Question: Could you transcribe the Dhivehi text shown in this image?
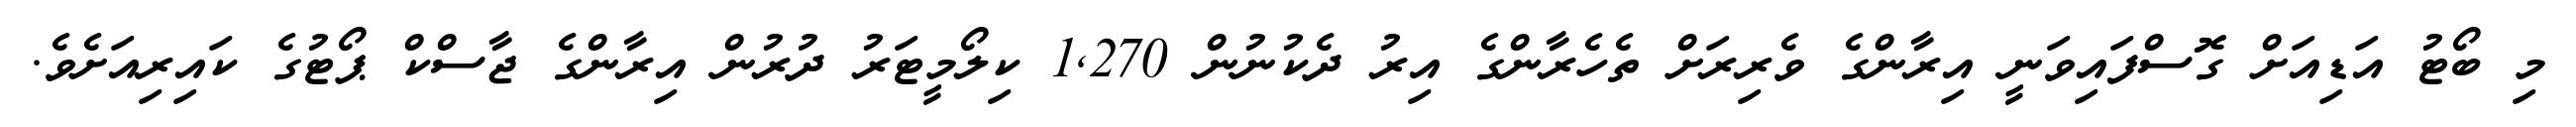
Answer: މި ބޯޓު އަޑިއަށް ގޮސްފައިވަނީ އިރާންގެ ވެރިރަށް ތެހެރާންގެ އިރު ދެކުނުން 1,270 ކިލޯމީޓަރު ދުރުން އިރާންގެ ޖާސްކް ޕޯޓުގެ ކައިރިއަށެވެ.